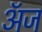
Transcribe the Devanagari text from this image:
अॅज